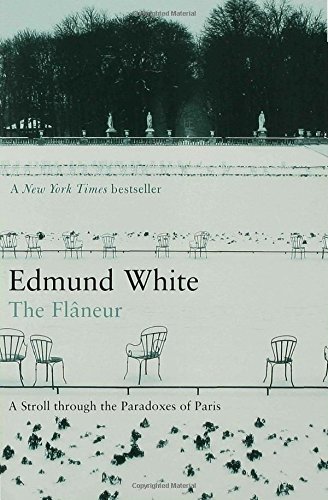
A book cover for The Flaneur: A Stroll through the Paradoxes of Paris; Edmund White; History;